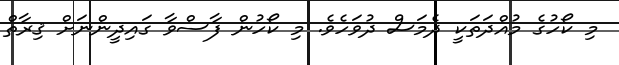
މި ކޯހުގެ މުއްދަތަކީ ދެމަސް ދުވަހެވެ. މި ކޯހުން ފާސްވާ ގައިދީންނަށް ޤިރާތް